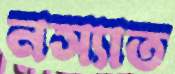
নস্যাত